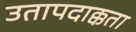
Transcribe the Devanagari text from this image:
उतापदाक्कता